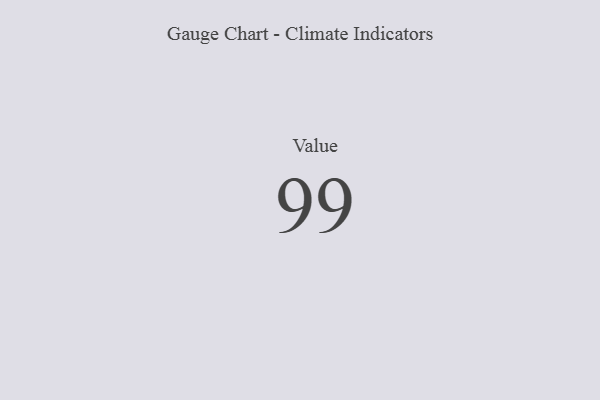
{"axis": {"x": "Metric", "y": "Value"}, "legend": [""], "data": [{"x": "Value", "y": 99, "type": ""}]}